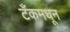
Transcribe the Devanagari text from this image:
टँकमधून